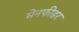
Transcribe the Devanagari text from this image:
मेनफीडर